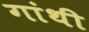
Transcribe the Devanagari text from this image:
गांथी